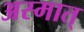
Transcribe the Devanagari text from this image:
अस्मात्‌